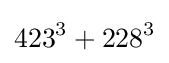
423^{3}+228^{3}